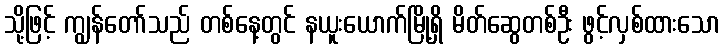
သို့ဖြင့် ကျွန်တော်သည် တစ်နေ့တွင် နယူးယောက်မြို့ရှိ မိတ်ဆွေတစ်ဦး ဖွင့်လှစ်ထားသော